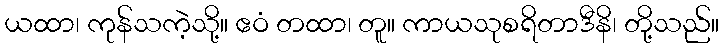
ယထာ၊ ကုန်သကဲ့သို့။ ဧဝံ တထာ၊ တူ။ ကာယသုစရိတာဒီနိ၊ တို့သည်။